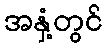
အနှံ့တွင်